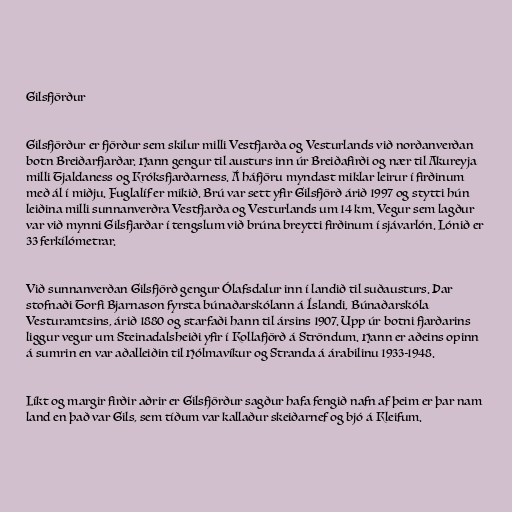
Gilsfjörður

Gilsfjörður er fjörður sem skilur milli Vestfjarða og Vesturlands við norðanverðan
botn Breiðarfjarðar. Hann gengur til austurs inn úr Breiðafirði og nær til Akureyja
milli Tjaldaness og Króksfjarðarness. Á háfjöru myndast miklar leirur í firðinum
með ál í miðju. Fuglalíf er mikið. Brú var sett yfir Gilsfjörð árið 1997 og stytti hún
leiðina milli sunnanverðra Vestfjarða og Vesturlands um 14 km. Vegur sem lagður
var við mynni Gilsfjarðar í tengslum við brúna breytti firðinum í sjávarlón. Lónið er
33 ferkílómetrar.

Við sunnanverðan Gilsfjörð gengur Ólafsdalur inn í landið til suðausturs. Þar
stofnaði Torfi Bjarnason fyrsta búnaðarskólann á Íslandi, Búnaðarskóla
Vesturamtsins, árið 1880 og starfaði hann til ársins 1907. Upp úr botni fjarðarins
liggur vegur um Steinadalsheiði yfir í Kollafjörð á Ströndum. Hann er aðeins opinn
á sumrin en var aðalleiðin til Hólmavíkur og Stranda á árabilinu 1933-1948.

Líkt og margir firðir aðrir er Gilsfjörður sagður hafa fengið nafn af þeim er þar nam
land en það var Gils, sem tíðum var kallaður skeiðarnef og bjó á Kleifum.